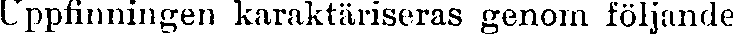
Uppfinningen karaktäriseras genom följande